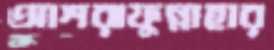
আশরাফুন্নাহার